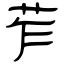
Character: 苲